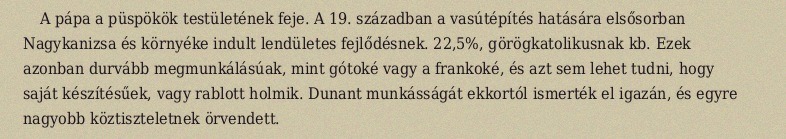
A pápa a püspökök testületének feje. A 19. században a vasútépítés hatására elsősorban Nagykanizsa és környéke indult lendületes fejlődésnek. 22,5%, görögkatolikusnak kb. Ezek azonban durvább megmunkálásúak, mint gótoké vagy a frankoké, és azt sem lehet tudni, hogy saját készítésűek, vagy rablott holmik. Dunant munkásságát ekkortól ismerték el igazán, és egyre nagyobb köztiszteletnek örvendett.